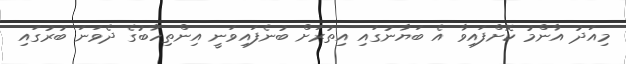
މިއަދު އާންމު ކޮށްފައިވާ އެ ބަޔާނުގައި އިތުރަށް ބުނެފައިވަނީ އިންތިހާބުގެ ދެވަނަ ބުރުގައި